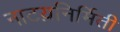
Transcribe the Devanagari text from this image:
नाटय़निर्मिती